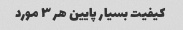
کیفیت بسیار پایین هر ٣ مورد